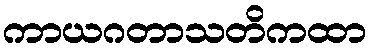
ကာယဂတာသတိကထာ